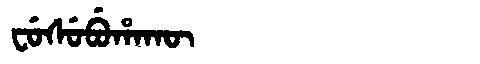
Manchu: ᠸᡠᠰᡠᠪᡠᡥᠠᡴᡡ
Romanization: FUSUBUHAKŪ